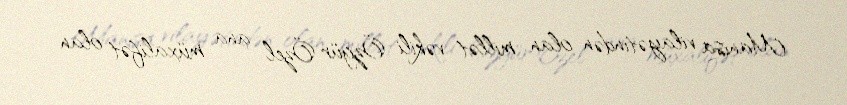
Manisa vilayətindən olan millət vəkili Özgür Özel ana müxalifət olan